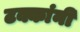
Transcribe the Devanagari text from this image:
टक्कांनी